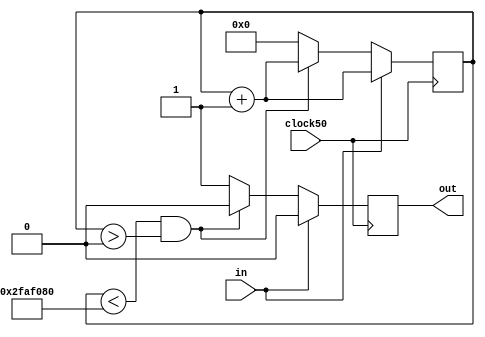
module expand_pulse(clock50, in, out);

input clock50, in;
output reg out;
reg[31:0] count;

always@(posedge clock50)
begin

	if(in == 1)
		begin
			out = 0;
			count = count + 1;
		end
	else if(count < 50000000 && count > 0)
		begin
			out = 0;
			count = count + 1;
		end
	else
		begin
			out = 1;
			count = 0;
		end

end

endmodule